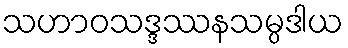
သဟာဝသဒ္ဒဿနသမ္ပဒါယ